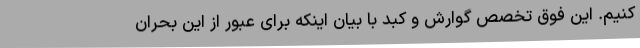
کنیم. این فوق تخصص گوارش و کبد با بیان اینکه برای عبور از این بحران